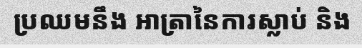
ប្រឈមនឹង អាត្រានៃការស្លាប់ និង